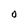
Character: O